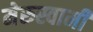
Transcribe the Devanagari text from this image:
मेरुस्वामी